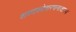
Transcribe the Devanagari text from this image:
शब्दकोशरचनाशास्त्र